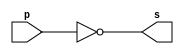
// --------------------------
// Exemplo0002 - NOT
// Nome: Isabel Bicalho Amaro
// --------------------------
 
 
// -------------------------- 
// -- not gate
// -------------------------- 
module notgate( output s, input p );
 assign s=~p;

endmodule // notgate


// --------------------------
// -- test not gate
// --------------------------
module testnotgate;


// -------------------------- dados locais
reg  a; // defirnir registrador
        // (variavel independente)
wire s; // definir conexao(fio)
        // (variavel dependente)
		  

// -------------------------- instancia
notgate NOT1(s,a);

// -------------------------- preparacao
initial begin:start
   a=0; // valor inicial
end


// -------------------------- parte principal
 initial begin:main
           // execucao unitaria
	  $display("Exemplo0002 - Isabel Bicalho Amaro - 451580");
	  $display("Test NOT gate");
	  $display("\n~a = s\n");
	   a=0;
 #1  $display("~%b = %b",a,s);
      a=1;
 #1  $display("~%b = %b",a,s);
 end
 
endmodule // testnotgate
 
 // -------------------
 // -- Testes
 // -------------------
 
// --  Exemplo0001 - Isabel Bicalho Amaro - 451580
// --  Test buffer:
// --  	    time	      a = s
// --                0	x = x
// --                1	1 = 1
// --                3	0 = 0


// --  Exemplo0002 - Isabel Bicalho Amaro - 451580
// --  Test NOT gate
// --      
// --  ~a = s
// --     
// --  ~0 = 1
// --  ~1 = 0